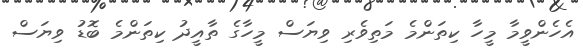
އެހެންވީމާ މީހާ ކިތަންމެ މަތިވެރި ވިޔަސް މީހާގެ ތާއީދު ކިތަންމެ ބޮޑު ވިޔަސް